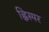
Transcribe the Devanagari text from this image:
ह्विस्पर